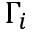
\Gamma _ { i }